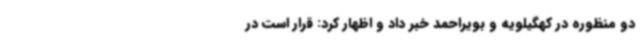
دو منظوره در کهگیلویه و بویراحمد خبر داد و اظهار کرد: قرار است در